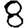
Digit: 8